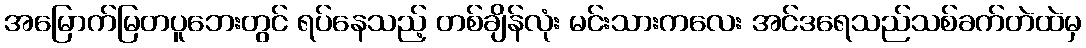
အမြောက်မြတပူဘေးတွင် ရပ်နေသည့် တစ်ချိန်လုံး မင်းသားကလေး အင်ဒရေသည်သစ်ခက်တဲထဲမှ